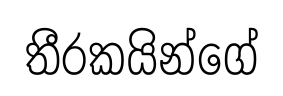
තීරකයින්ගේ